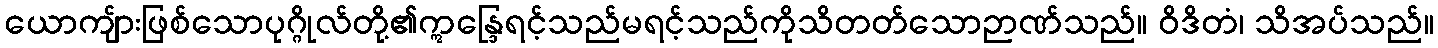
ယောကျ်ားဖြစ်သောပုဂ္ဂိုလ်တို့၏ဣန္ဒြေရင့်သည်မရင့်သည်ကိုသိတတ်သောဉာဏ်သည်။ ဝိဒိတံ၊ သိအပ်သည်။